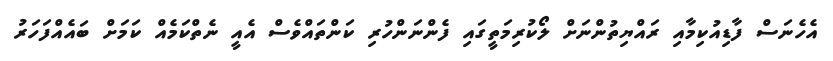
އެހެނަސް ފާޑިއުކިމާއި ރައްޔިތުންނަށް ލޯކުރިމަތީގައި ފެންނަންހުރި ކަންތައްވެސް އެއީ ނެތްކަމެއް ކަމަށް ބައެއްފަހަރު